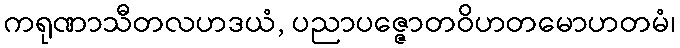
ကရုဏာသီတလဟဒယံ, ပညာပဇ္ဇောတဝိဟတမောဟတမံ၊